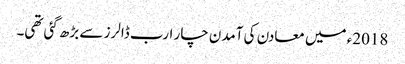
2018ء میں معادن کی آمدن چار ارب ڈالرز سے بڑھ گئی تھی۔